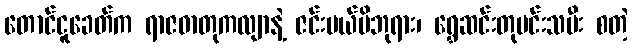
တောင်ငူခေတ်က ရာဇဓာတုကလျာနဲ့ ဇင်းမယ်မိဘုရား၊ ရွှေဆင်းတုမင်းသမီး စတဲ့